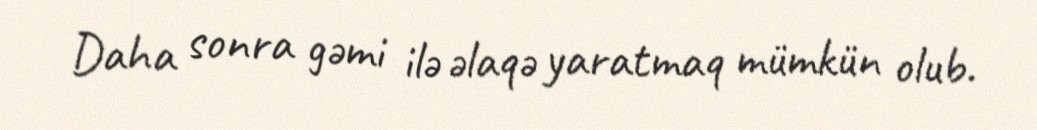
Daha sonra gəmi ilə əlaqə yaratmaq mümkün olub.